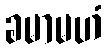
ခမာမဟံ